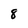
Character: 8